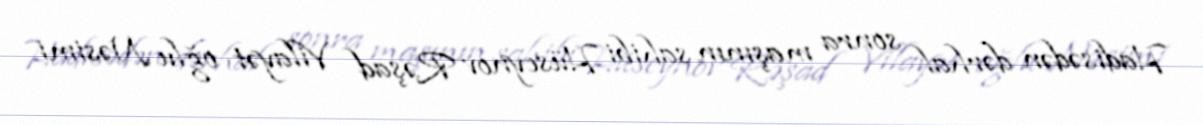
Hadisədən dərhal sonra maşının sahibi Hüseynov Rəşad Vilayət oğlu Nəsimi